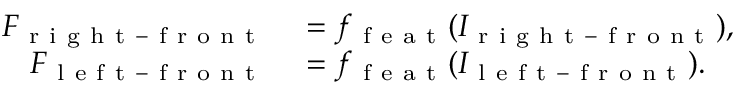
\begin{array} { r l } { F _ { \mathrm { ~ r ~ i ~ g ~ h ~ t ~ - ~ f ~ r ~ o ~ n ~ t ~ } } } & { { } = f _ { \mathrm { ~ f ~ e ~ a ~ t ~ } } ( I _ { \mathrm { ~ r ~ i ~ g ~ h ~ t ~ - ~ f ~ r ~ o ~ n ~ t ~ } } ) , } \\ { F _ { \mathrm { ~ l ~ e ~ f ~ t ~ - ~ f ~ r ~ o ~ n ~ t ~ } } } & { { } = f _ { \mathrm { ~ f ~ e ~ a ~ t ~ } } ( I _ { \mathrm { ~ l ~ e ~ f ~ t ~ - ~ f ~ r ~ o ~ n ~ t ~ } } ) . } \end{array}